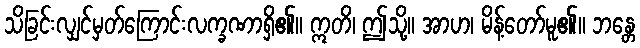
သိခြင်းလျှင်မှတ်ကြောင်းလက္ခဏာရှိ၏။ ဣတိ၊ ဤသို့။ အာဟ၊ မိန့်တော်မူ၏။ ဘန္တေ